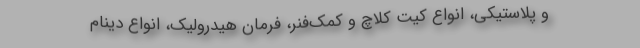
و پلاستیکی، انواع کیت کلاچ و کمک‌فنر، فرمان هیدرولیک، انواع دینام